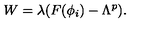
W = \lambda ( F ( \phi _ { i } ) - \Lambda ^ { p } ) .